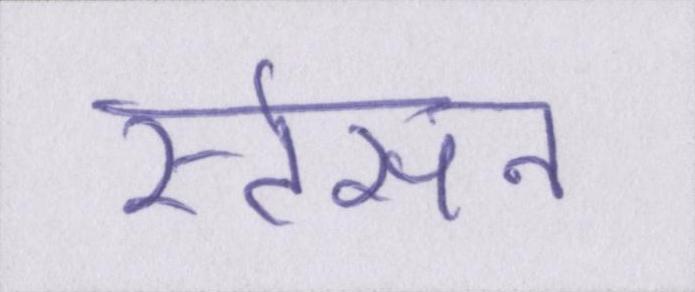
स्टेसन